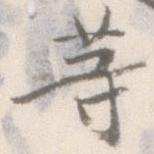
等